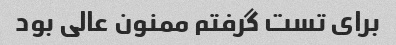
برای تست گرفتم ممنون عالی بود